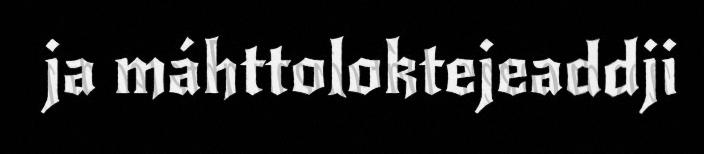
ja máhttoloktejeaddji